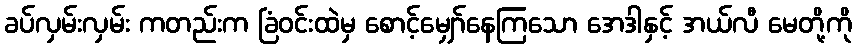
ခပ်လှမ်းလှမ်း ကတည်းက ခြံဝင်းထဲမှ စောင့်မျှော်နေကြသော အေဒါနှင့် အယ်လီ မေတို့ကို